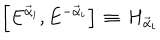
LaTeX: \left[ E ^ { { \vec { \alpha } } _ { i } } , E ^ { - { \vec { \alpha } } _ { i } } \right] \, \equiv \, H _ { \vec { \alpha } _ { i } }